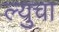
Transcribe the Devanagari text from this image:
ल्युचा